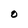
Character: O